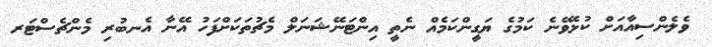
ވެލެންސިއާއަށް ކުޅެވޭނެ ކަމުގެ ޔަގީންކަމެއް ނެތީ އިންޓަނޭޝަނަލް މެޗުތަކަށްފަހު އޭނާ އެނބުރި މެންޗެސްޓަރ